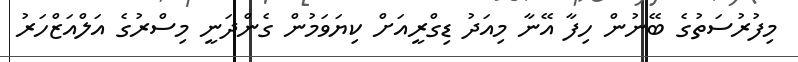
މިފުރުސަތުގެ ބޭނުން ހިފާ އޭނާ މިއަދު ޑިގްރީއަށް ކިޔަވަމުން ގެންދަނީ މިސްރުގެ އަލްއަޒްހަރު